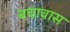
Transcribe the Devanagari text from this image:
बचावास